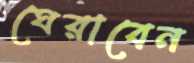
ঘেরাবেন